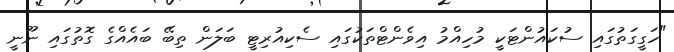
"ހަގީގަތުގައި ސުކައުންޓަކީ މުހިއްމު އިވެންޓްތަކުގައި ސެކިއުރިޓީ ބަލަން ތިބޭ ބައެއްގެ ގޮތުގައި ނޫނީ